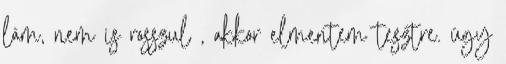
lám, nem is rosszul , akkor elmentem tesztre. úgy